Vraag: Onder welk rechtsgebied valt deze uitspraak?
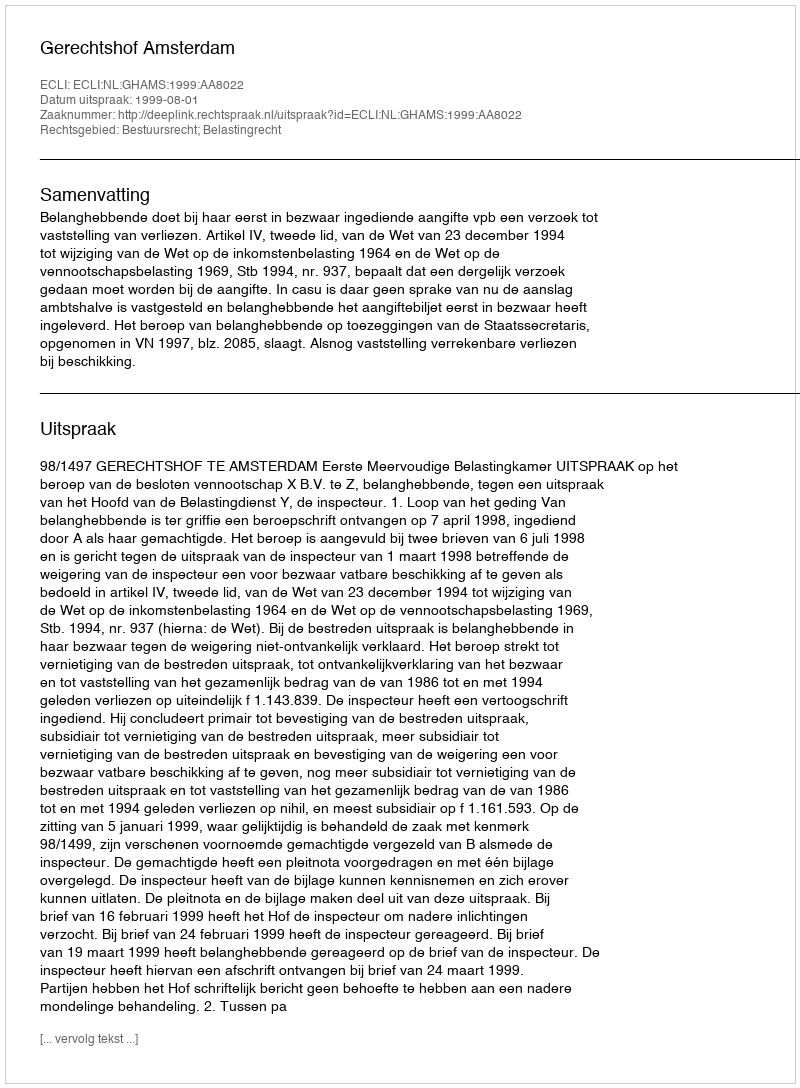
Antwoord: Bestuursrecht; Belastingrecht